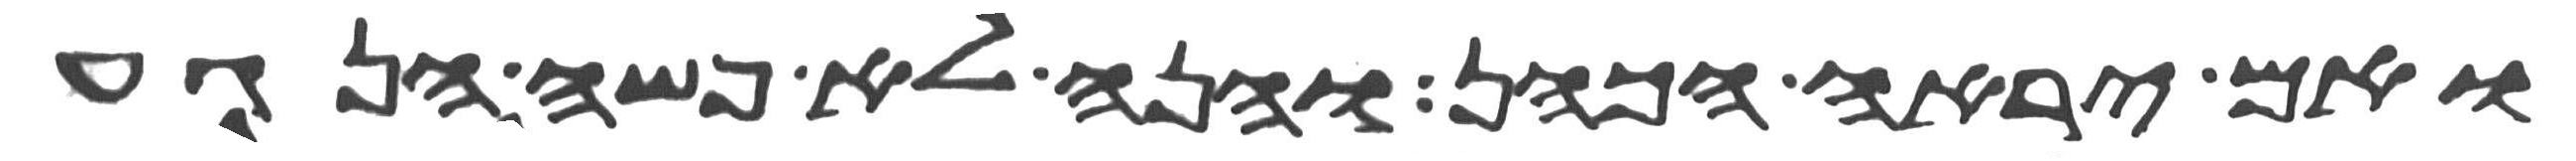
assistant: ואם יראה הכהן והנה לא פשה הנגע